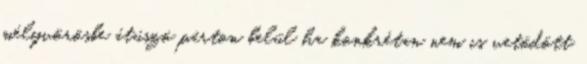
mélyvörösbe átúszó párton belül ha konkrétan nem is vetődött